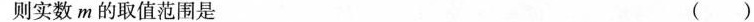
则实数m的取值范围是 ( )